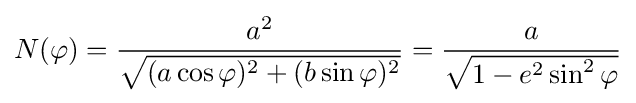
N(\varphi )={\frac {a^{2}}{\sqrt {(a\cos \varphi )^{2}+(b\sin \varphi )^{2}}}}={\frac {a}{\sqrt {1-e^{2}\sin ^{2}\varphi }}}